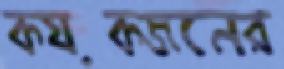
কয়কজনের